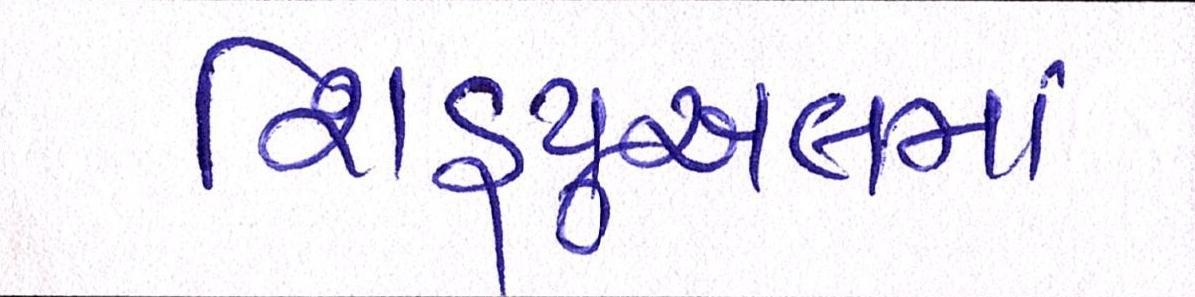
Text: શિડ્યુઅલમાં